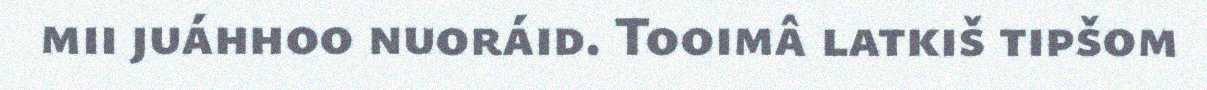
mii juáhhoo nuoráid. Tooimâ latkiš tipšom